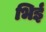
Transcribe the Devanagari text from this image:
भिई